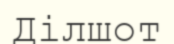
Ділшот